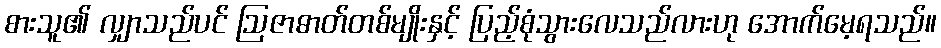
စားသူ၏ လျှာသည်ပင် ဩဇာဓာတ်တစ်မျိုးနှင့် ပြည့်စုံသွားလေသည်လားဟု အောက်မေ့ရသည်။